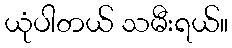
ယုံပါတယ် သမီးရယ်။